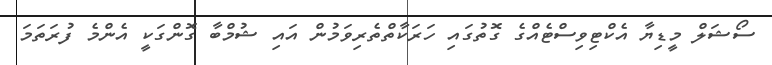
ސޯޝަލް މީޑިޔާ އެކްޓިވިސްޓެއްގެ ގޮތުގައި ހަރަކާތްތެރިވަމުން އައި ޝުމްބާ ގޮންގަކީ އެންމެ ފުރަތަމަ